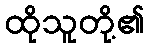
ထိုသူတို့၏